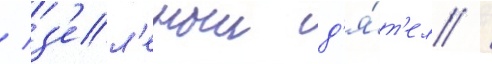
/ з'ел'еныи д'я́т'ел /